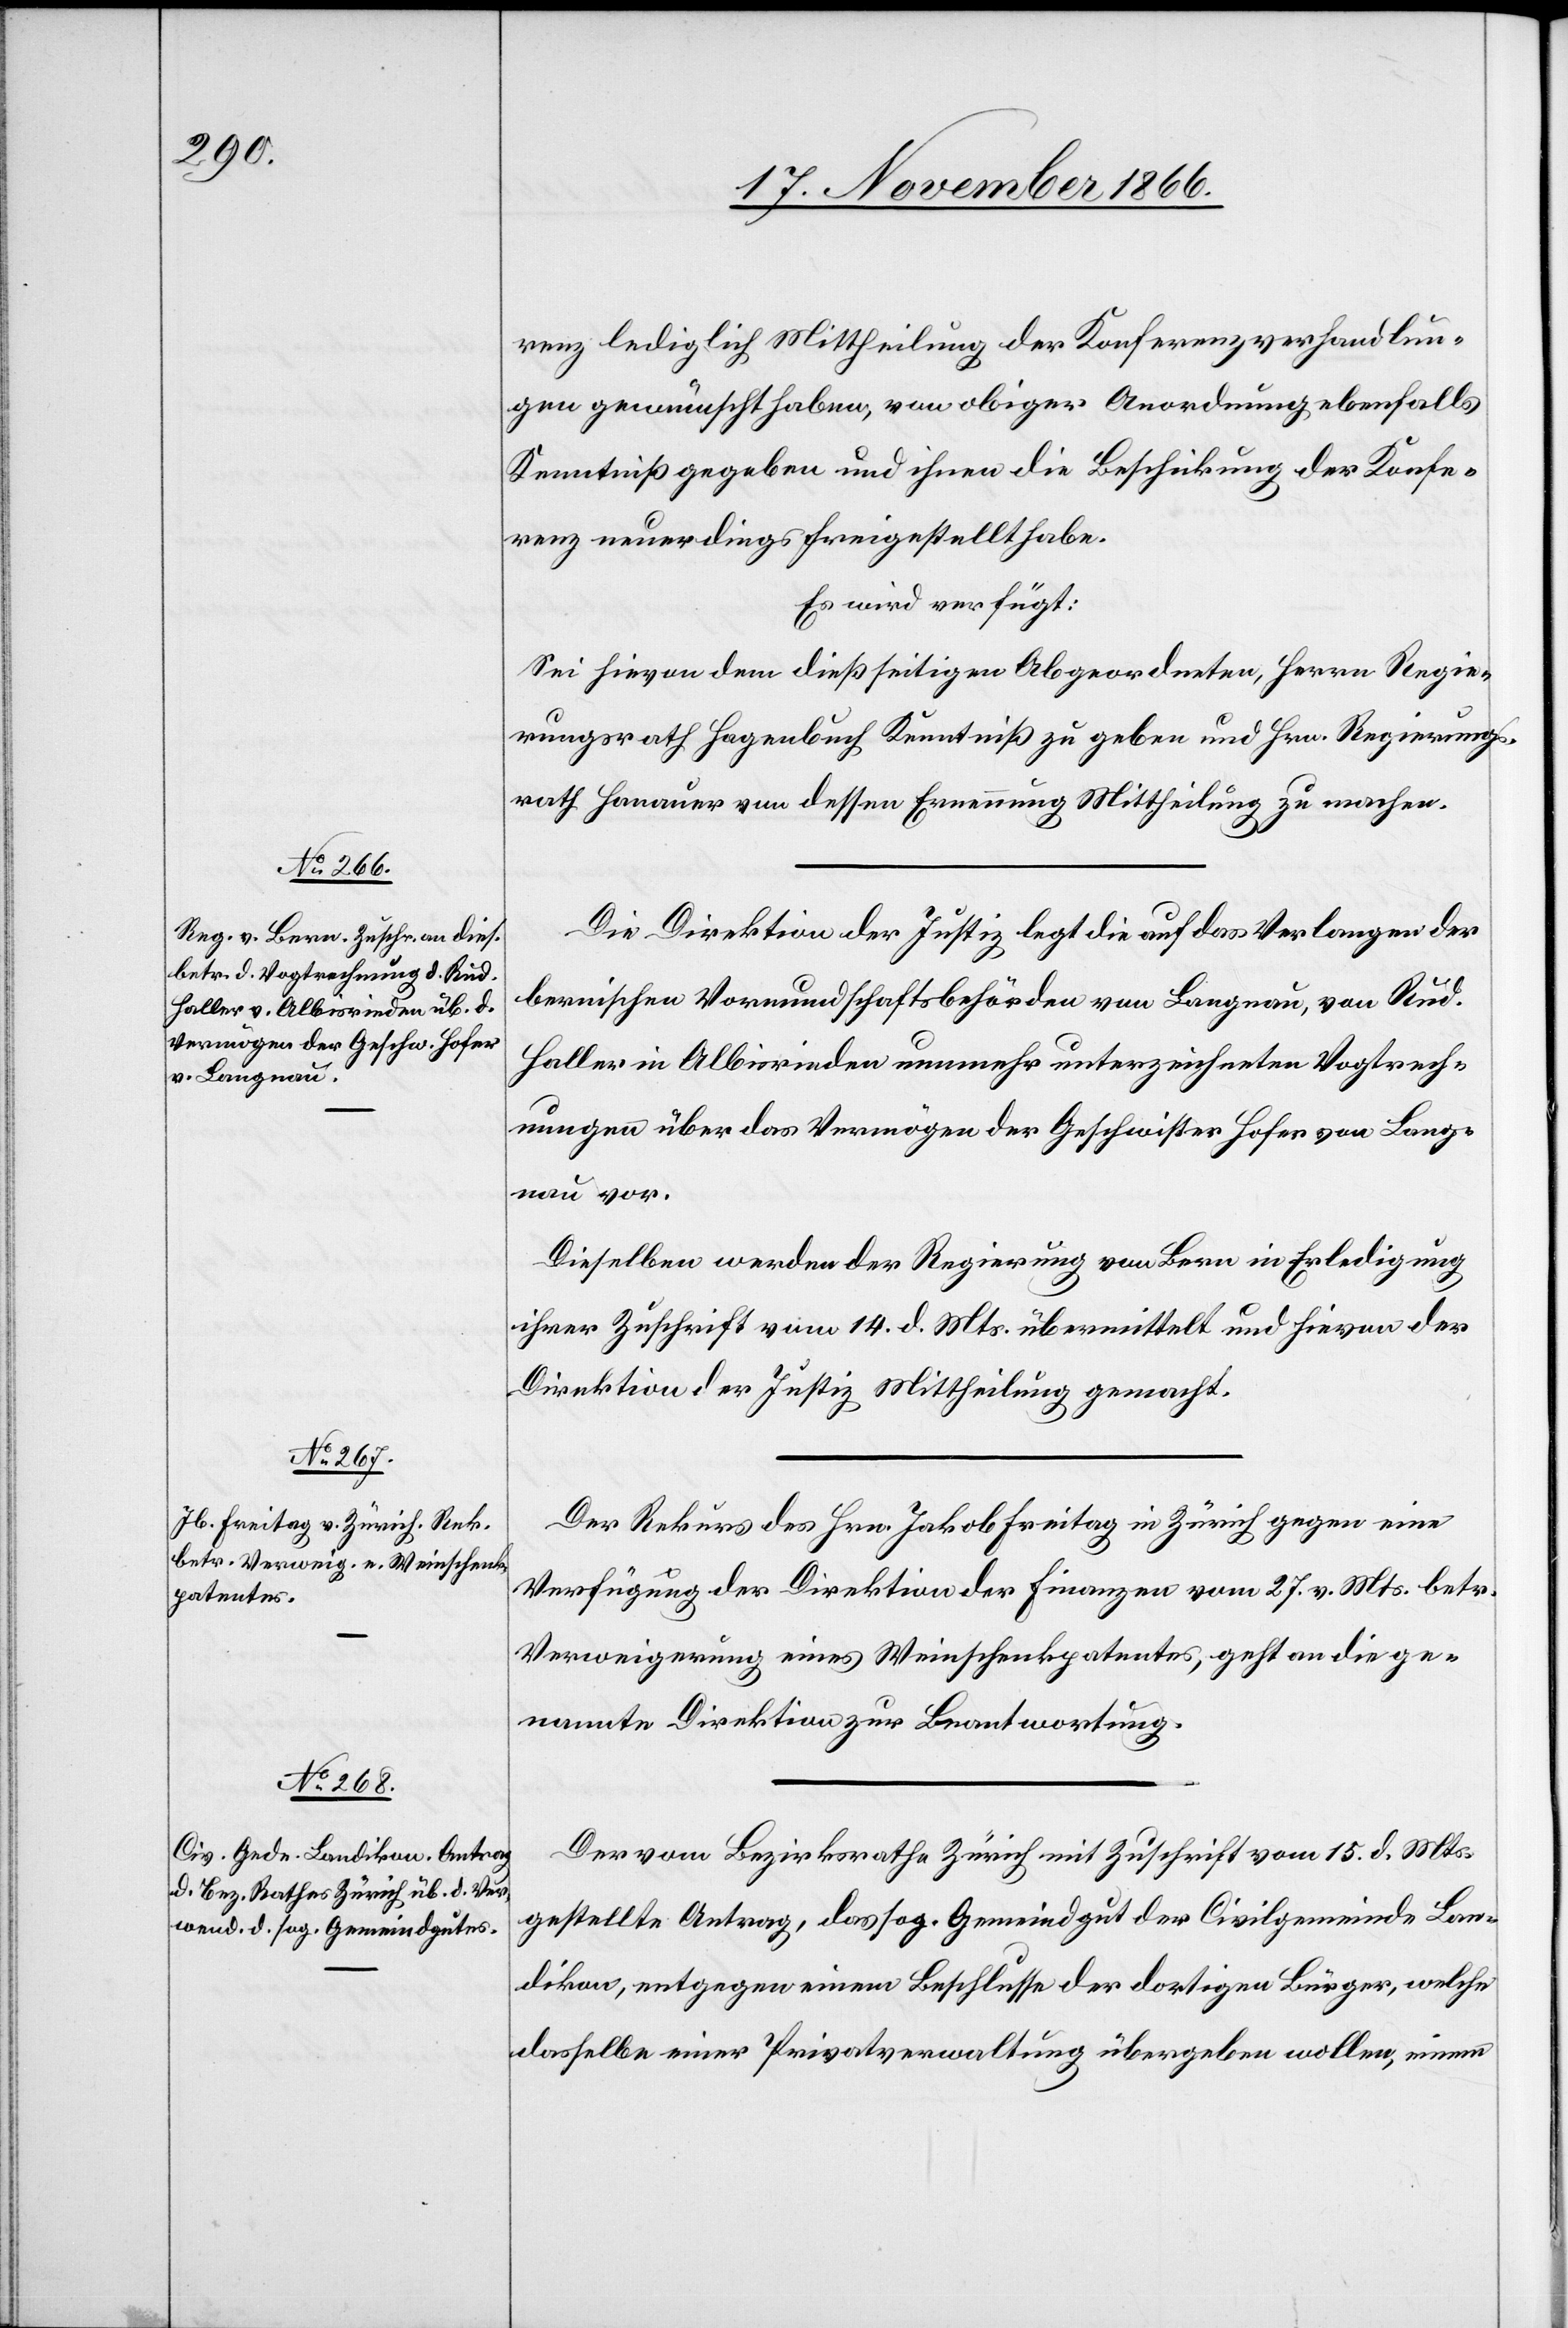
20. November 1866.]
renz lediglich Mittheilung der Konferenzverhandlun¬
gen gewünscht haben, von obiger Anordnung ebenfalls
Kenntniß gegeben und ihnen die Beschickung der Konfe¬
renz neuerdings freigestellt habe.
Es wird verfügt:
Sei hievon dem dießseitigen Abgeordneten, Herrn Regie¬
rungsrath Hagenbuch Kenntniß zu geben und Hrn. Regierungs¬
rath Hanauer von dessen Ernennung Mittheilung zu machen.
Die Direktion der Justiz legt die auf das Verlangen der
bernischen Vormundschaftsbehörden von Langnau, von Rud.
Haller in Albisrieden nunmehr unterzeichneten Vogtrech¬
nungen über das Vermögen der Geschwister Hofer von Lang¬
nau vor.
Dieselben werden der Regierung von Bern in Erledigung
ihrer Zuschrift vom 14. d. Mts. übermittelt und hievon der
Direktion der Justiz Mittheilung gemacht.
Der Rekurs des Hrn. Jakob Freitag in Zürich gegen eine
Verfügung der Direktion der Finanzen vom 27. v. Mts. betr.
Verweigerung eines Weinschenkpatentes, geht an die ge¬
nannte Direktion zur Beantwortung.
Der vom Bezirksrathe Zürich mit Zuschrift vom 15. d. Mts.
gestellte Antrag, das sog. Gemeindgut der Civilgemeinde Lan¬
dikon, entgegen einem Beschlusse der dortigen Bürger, welche
dasselbe einer Privatverwaltung übergeben wollen, einem